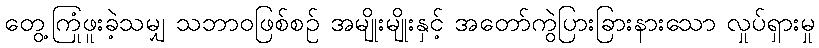
တွေ့ကြုံဖူးခဲ့သမျှ သဘာဝဖြစ်စဉ် အမျိုးမျိုးနှင့် အတော်ကွဲပြားခြားနားသော လှုပ်ရှားမှု